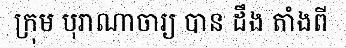
ក្រុម បុរាណាចារ្យ បាន ដឹង តាំងពី